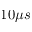
1 0 \mu s